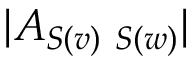
| A _ { S ( v ) \ S ( w ) } |